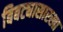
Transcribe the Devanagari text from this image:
बिबट्यासारखा